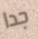
جدا